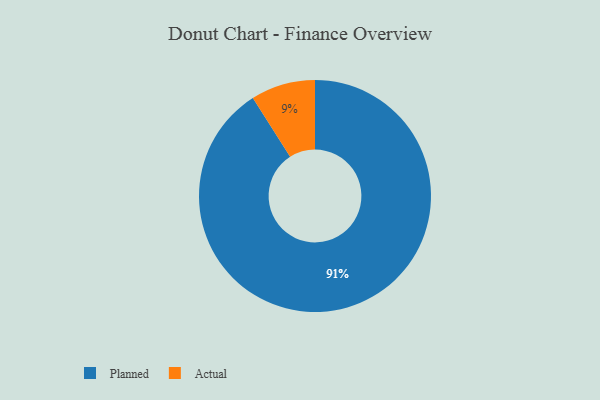
{"axis": {"x": "Category", "y": "Percentage"}, "legend": ["Actual", "Planned"], "data": [{"x": "Actual", "y": 9, "type": "Actual"}, {"x": "Planned", "y": 91, "type": "Planned"}]}